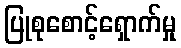
ပြုစုစောင့်ရှောက်မှု